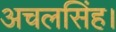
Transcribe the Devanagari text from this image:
अचलसिंह।